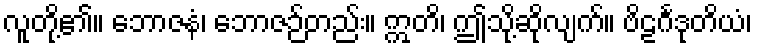
လူတို့၏။ ဘောဇနံ၊ ဘောဇဉ်တည်း။ ဣတိ၊ ဤသို့ဆိုလျက်။ ဗိဠင်္ဂဒုတိယံ၊